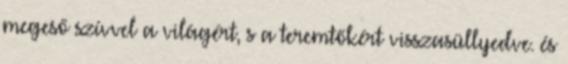
megeső szívvel a világért, s a teremtőkért visszasüllyedve. és